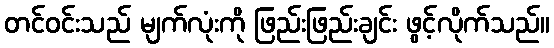
တင်ဝင်းသည် မျက်လုံးကို ဖြည်းဖြည်းချင်း ဖွင့်လိုက်သည်။